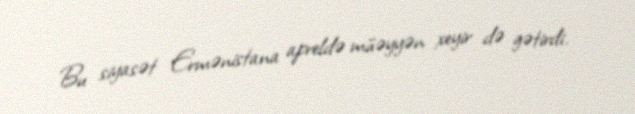
Bu siyasət Ermənistana apreldə müəyyən xeyir də gətirdi.